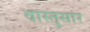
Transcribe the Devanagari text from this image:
वास्तुसार